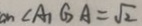
\angle A _ { 1 } G A = \sqrt { 2 }